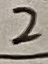
Text: 2